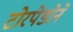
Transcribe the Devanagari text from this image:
टोरपेडोने